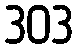
303